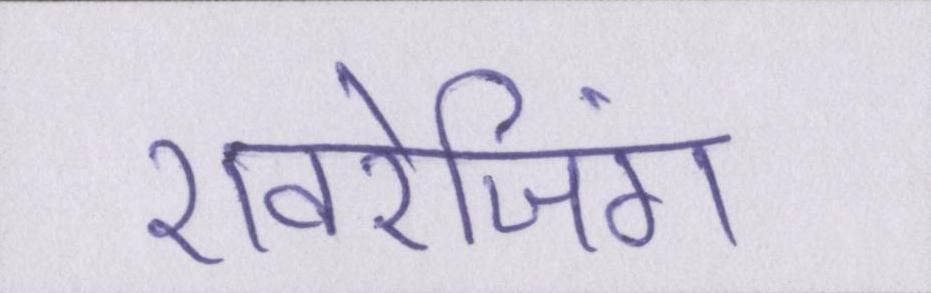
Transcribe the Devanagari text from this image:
एवरेजिंग